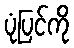
ပုံပြင်ကို